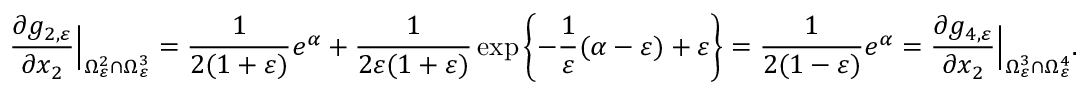
\frac { \partial g _ { 2 , \varepsilon } } { \partial x _ { 2 } } \Big | _ { \Omega _ { \varepsilon } ^ { 2 } \cap \Omega _ { \varepsilon } ^ { 3 } } = \frac { 1 } { 2 ( 1 + \varepsilon ) } e ^ { \alpha } + \frac { 1 } { 2 \varepsilon ( 1 + \varepsilon ) } \exp \left\{ - \frac { 1 } { \varepsilon } ( \alpha - \varepsilon ) + \varepsilon \right\} = \frac { 1 } { 2 ( 1 - \varepsilon ) } e ^ { \alpha } = \frac { \partial g _ { 4 , \varepsilon } } { \partial x _ { 2 } } \Big | _ { \Omega _ { \varepsilon } ^ { 3 } \cap \Omega _ { \varepsilon } ^ { 4 } } .